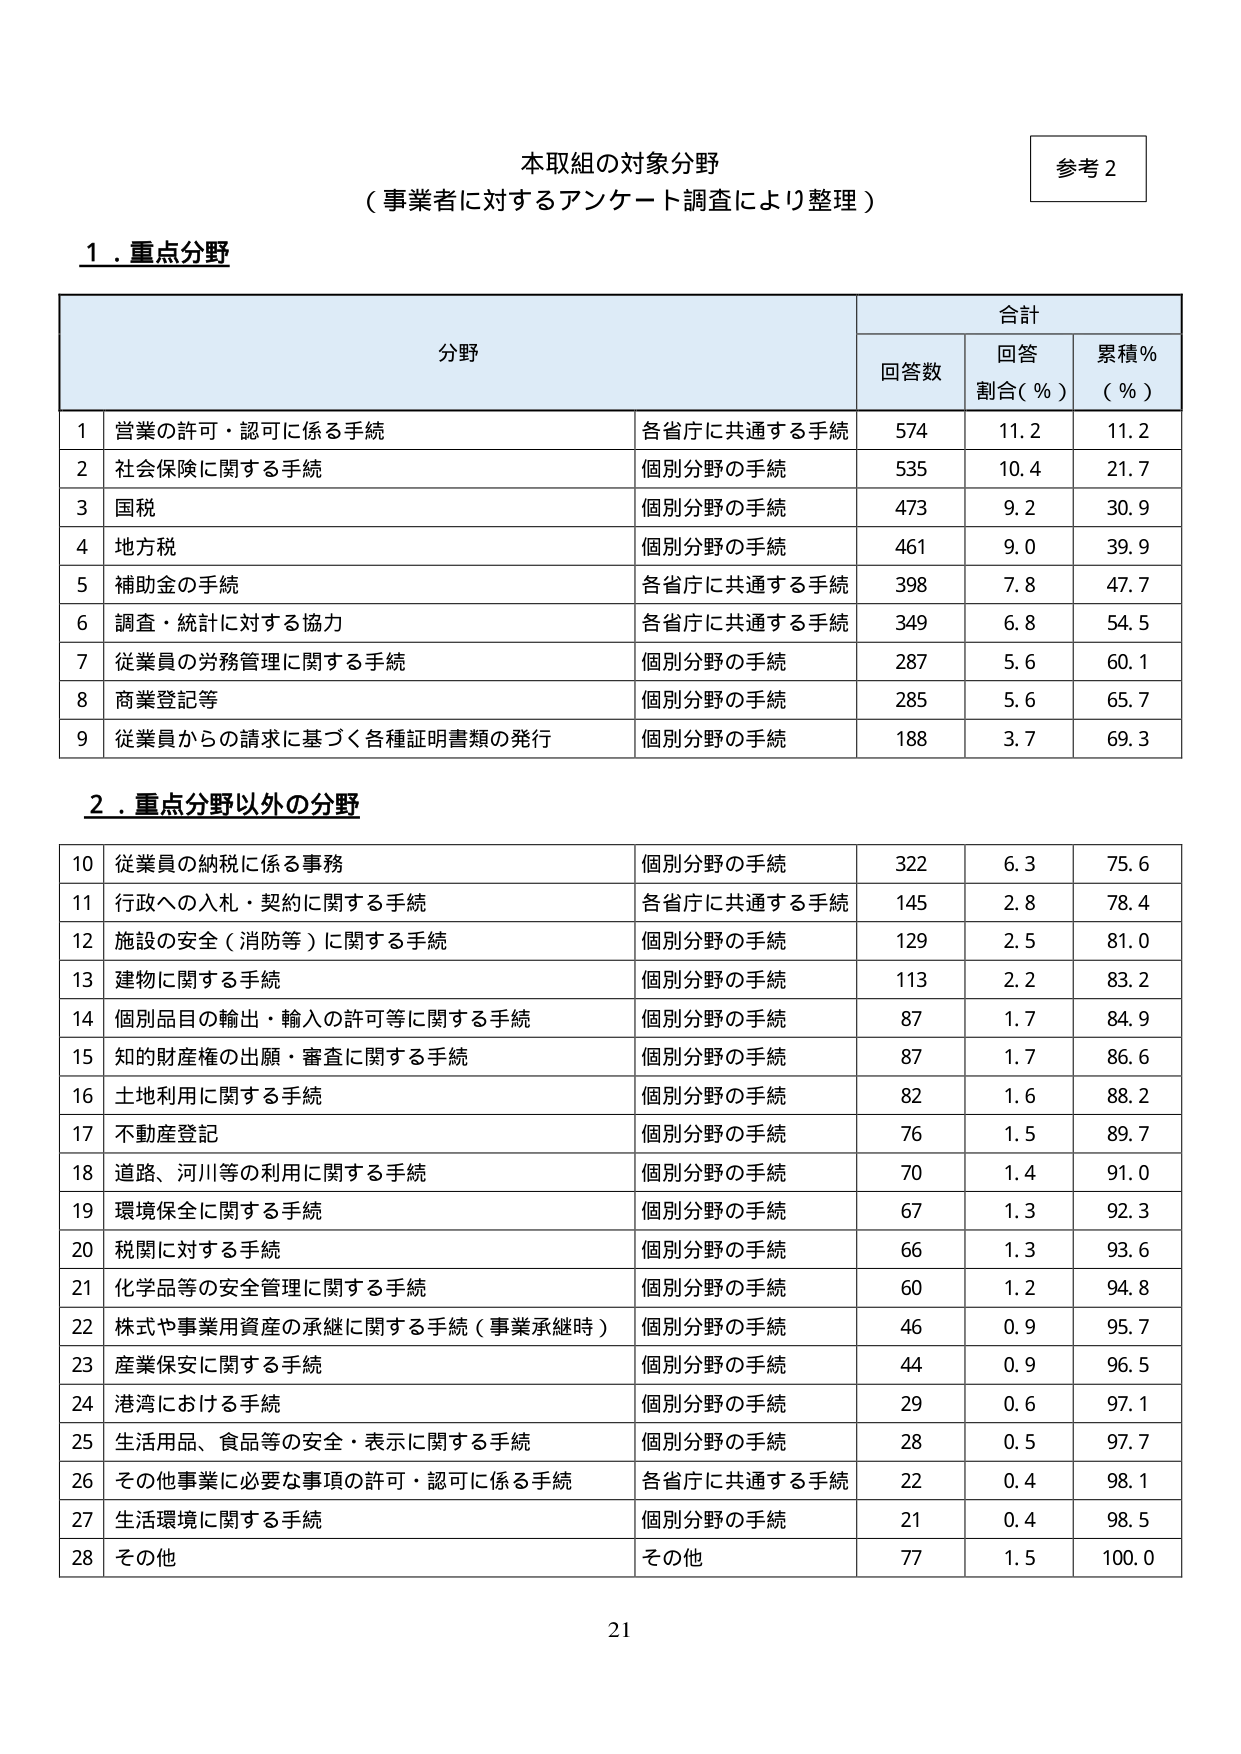
本取組の対象分野
（事業者に対するアンケート調査により整理）

参考２

１．重点分野

分野
合計
回答数　回答割合（％）　累積％（％）

1　営業の許可・認可に係る手続　各省庁に共通する手続　574　11.2　11.2
2　社会保険に関する手続　個別分野の手続　535　10.4　21.7
3　国税　個別分野の手続　473　9.2　30.9
4　地方税　個別分野の手続　461　9.0　39.9
5　補助金の手続　各省庁に共通する手続　398　7.8　47.7
6　調査・統計に対する協力　各省庁に共通する手続　349　6.8　54.5
7　従業員の労務管理に関する手続　個別分野の手続　287　5.6　60.1
8　商業登記等　個別分野の手続　285　5.6　65.7
9　従業員からの請求に基づく各種証明書類の発行　個別分野の手続　188　3.7　69.3

２．重点分野以外の分野

10　従業員の納税に係る事務　個別分野の手続　322　6.3　75.6
11　行政への入札・契約に関する手続　各省庁に共通する手続　145　2.8　78.4
12　施設の安全（消防等）に関する手続　個別分野の手続　129　2.5　81.0
13　建物に関する手続　個別分野の手続　113　2.2　83.2
14　個別品目の輸出・輸入の許可等に関する手続　個別分野の手続　87　1.7　84.9
15　知的財産権の出願・審査に関する手続　個別分野の手続　87　1.7　86.6
16　土地利用に関する手続　個別分野の手続　82　1.6　88.2
17　不動産登記　個別分野の手続　76　1.5　89.7
18　道路、河川等の利用に関する手続　個別分野の手続　70　1.4　91.0
19　環境保全に関する手続　個別分野の手続　67　1.3　92.3
20　税関に対する手続　個別分野の手続　66　1.3　93.6
21　化学品等の安全管理に関する手続　個別分野の手続　60　1.2　94.8
22　株式や事業用資産の承継に関する手続（事業承継時）　個別分野の手続　46　0.9　95.7
23　産業保安に関する手続　個別分野の手続　44　0.9　96.5
24　港湾における手続　個別分野の手続　29　0.6　97.1
25　生活用品、食品等の安全・表示に関する手続　個別分野の手続　28　0.5　97.7
26　その他事業に必要な事項の許可・認可に係る手続　各省庁に共通する手続　22　0.4　98.1
27　生活環境に関する手続　個別分野の手続　21　0.4　98.5
28　その他　その他　77　1.5　100.0

21